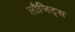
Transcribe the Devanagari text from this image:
लौजिट्स